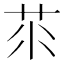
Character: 𦭅